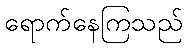
ရောက်နေကြသည်